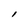
Character: l